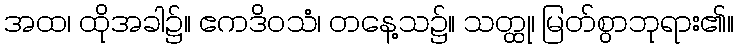
အထ၊ ထိုအခါ၌။ ဧကဒိဝသံ၊ တနေ့သ၌။ သတ္ထု၊ မြတ်စွာဘုရား၏။